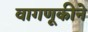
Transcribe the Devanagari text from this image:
वागणूकीने